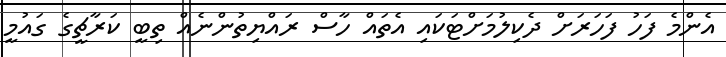
އެންމެ ފަހު ފަހަރަށް ދެކިލުމަށްޓަކައި އެތައް ހާސް ރައްޔިތުންނެއް ތިބީ ކަރާޗީގެ ގައުމީ